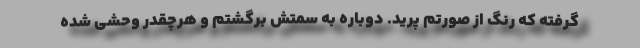
گرفته که رنگ از صورتم پرید. دوباره به سمتش برگشتم و هرچقدر وحشی شده